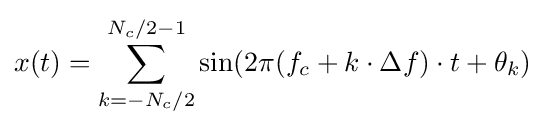
x(t)=\sum _{k=-N_{c}/2}^{N_{c}/2-1}\sin(2\pi (f_{c}+k\cdot \Delta f)\cdot t+\theta _{k})